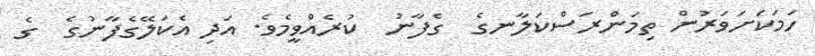
ހަމަކަށަވަރުން ތިމަންރަސްކަލާނގެ  ގެފާނު  ކުރެއްވީމެވެ. އަދި އެކަލޭގެފާނުގެ  ގެ